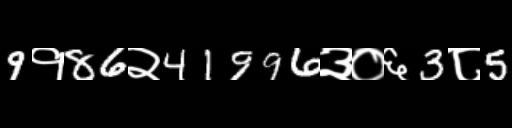
Text: 9१86२41996३०६3८5